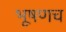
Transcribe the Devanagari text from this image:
भूषणच